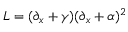
L = ( \partial _ { x } + \gamma ) ( \partial _ { x } + \alpha ) ^ { 2 }